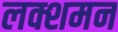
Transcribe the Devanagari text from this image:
लक्शमन